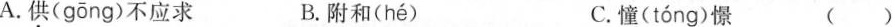
A.供( gōng )不应求 B.附和( hé ) C.憧( tóng )憬 ()